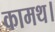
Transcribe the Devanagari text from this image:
कामथ।